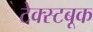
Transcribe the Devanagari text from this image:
टेक्स्टबूक